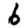
Digit: 6